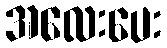
အလေးပေး